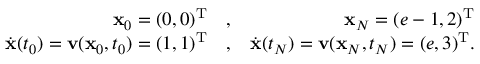
\begin{array} { r l r } { { \mathbf x } _ { 0 } = ( 0 , 0 ) ^ { { \mathrm T } } } & { { } , } & { { \mathbf x } _ { N } = ( e - 1 , 2 ) ^ { { \mathrm T } } } \\ { \dot { { \mathbf x } } ( t _ { 0 } ) = { \mathbf v } ( { \mathbf x } _ { 0 } , t _ { 0 } ) = ( 1 , 1 ) ^ { { \mathrm T } } } & { { } , } & { \dot { { \mathbf x } } ( t _ { N } ) = { \mathbf v } ( { \mathbf x } _ { N } , t _ { N } ) = ( e , 3 ) ^ { { \mathrm T } } . } \end{array}